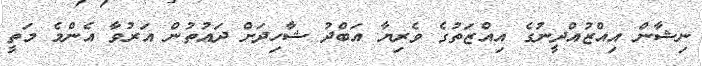
ނިޝާން އިއްޒުއްދީނުގެ އިއްޒަތުގެ ވެރިޔާ އަބްދު ޝާހިދަށް ދައުތުން އަރުވާ އެންމެ މަތީ